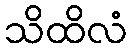
သိထိလံ